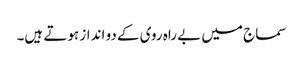
سماج میں بے راہ روی کے دو انداز ہوتے ہیں۔